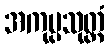
အကုပ္ပသုတ္တံ